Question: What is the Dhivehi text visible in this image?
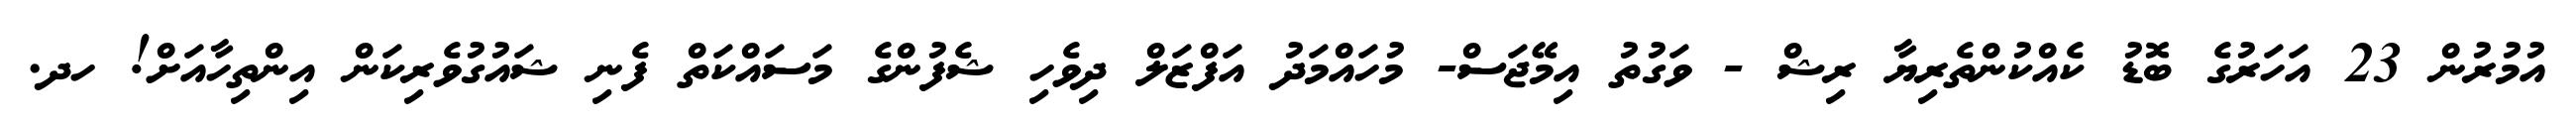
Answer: އުމުރުން 23 އަހަރުގެ ބޮޑު ކެއްކުންތެރިޔާ ރިޝް - ވަގުތު އިމޭޖަސް- މުހައްމަދު އަފްޒަލް ދިވެހި ޝެފުންގެ މަސައްކަތް ފެނި ޝައުގުވެރިކަން އިންތިހާއަށް! ހދ.